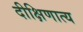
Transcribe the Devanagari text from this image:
दीक्षिणात्य